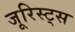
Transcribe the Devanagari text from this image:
जूरिस्ट्स